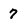
Character: 7